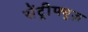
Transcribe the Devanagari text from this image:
सेंट्रीफ्यूज़